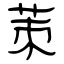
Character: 茦